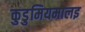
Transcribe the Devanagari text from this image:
कुडुमियमालइ